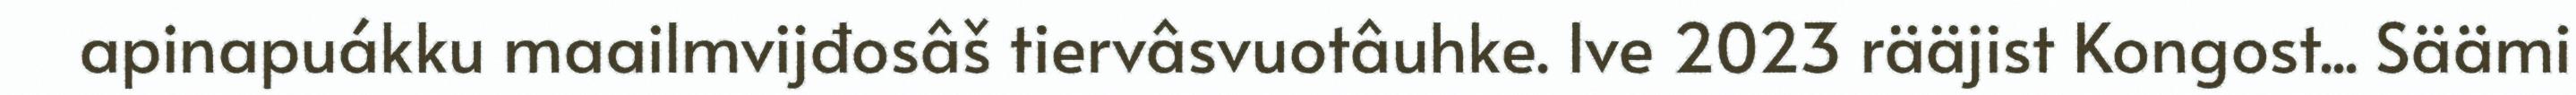
apinapuákku maailmvijđosâš tiervâsvuotâuhke. Ive 2023 rääjist Kongost... Säämi